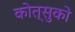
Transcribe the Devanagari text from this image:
कोत्सुको